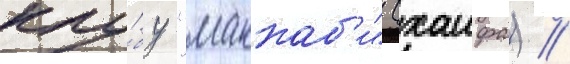
клу́бу "маккаб'и" (хаифа) //